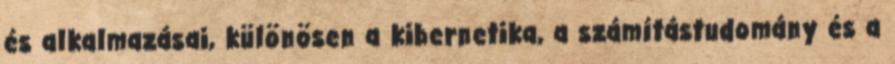
és alkalmazásai, különösen a kibernetika, a számítástudomány és a